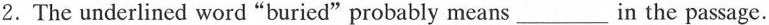
2.The underlined word"buried" probably means ___ in the passage.